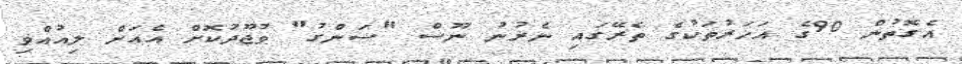
އެގޮތުން 90ގެ އަހަރުތަކުގެ ތެރޭގައި ނެރުނު ނޫސް "ސަންގު" ވުޖޫދުކޮށް އެއަށް ލިއުއްވި